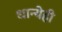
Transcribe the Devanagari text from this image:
धान्येही